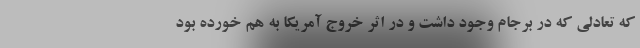
که تعادلی که در برجام وجود داشت و در اثر خروج آمریکا به هم خورده بود